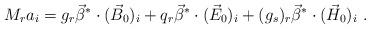
LaTeX: \begin{align*}M_r a_i= g_r \vec\beta^*\cdot(\vec{B}_0)_i+q_r \vec\beta^*\cdot(\vec{E}_0)_i+(g_s)_r \vec\beta^*\cdot(\vec{H}_0)_i\,\,.\end{align*}